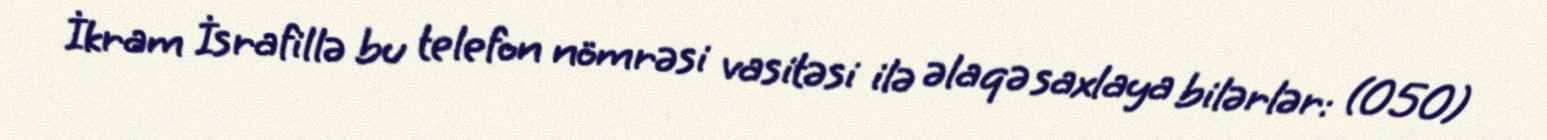
İkram İsrafillə bu telefon nömrəsi vasitəsi ilə əlaqə saxlaya bilərlər: (050)